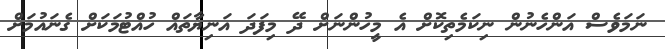
ނަމަވެސް އަންހެނުން ނިކަމެތިކޮށް އެ މީހުންނަށް ދޭ މިފަދަ އަނިޔާތައް ހުއްޓުމަކަށް ގެނައުމަށް